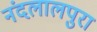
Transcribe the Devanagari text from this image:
नंदलालपुरा